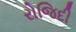
રોજિદી